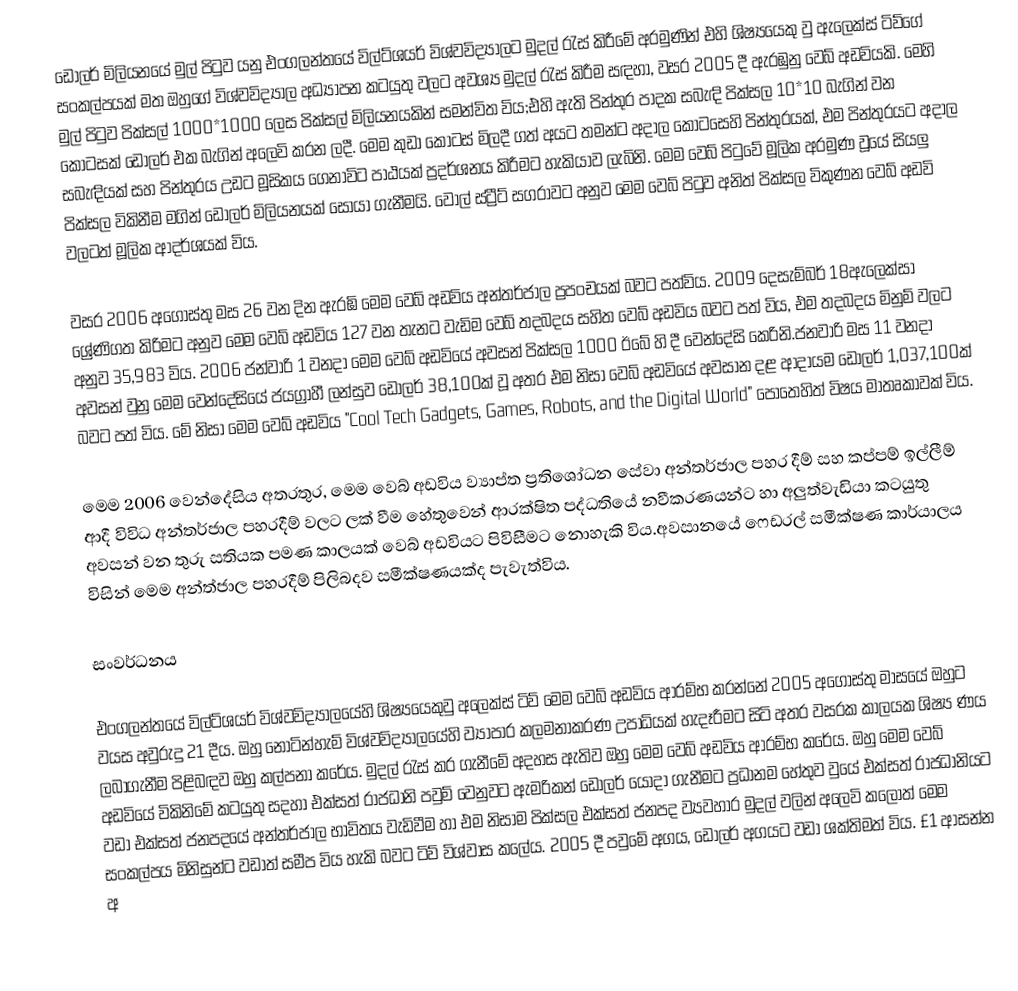
ඩොලර් මිලියනයේ මුල් පිටුව යනු එංගලන්තයේ විල්ට්ශයර් විශ්වවිද්‍යාලට මුදල් රැස් කිරීමේ අරමුණින් එහි ශිෂ්‍යයෙකු වු ඇලෙක්ස් ටිව්ගේ සංකල්පයක් මත ඔහුගේ විශ්වවිද්‍යාල අධ්‍යාපන  කටයුතු වලට අවශ්‍ය මුදල් රැස් කිරීම සඳහා, වසර 2005 දී ඇරඹුනු වෙබ් අඩවියකි.  මෙහි මුල් පිටුව පික්සල් 1000*1000 ලෙස පික්සල් මිලියනයකින් සමන්විත විය;එහි ඇති පින්තුර පාදක සබැඳි පික්සල 10*10 බැගින් වන කොටසක් ඩොලර් එක බැගින් අලෙවි කරන ලදී. මෙම කුඩා කොටස් මිලදී ගත් අයට තමන්ට අදාල කොටසෙහි පින්තුරයක්, එම පින්තුරයට අදාල සබැඳියක් සහ පින්තුරය උඩට මූසිකය ගෙනාවිට පාඨයක් ප්‍රදර්ශනය කිරීමට හැකියාව ලැබිනි. මෙම වෙබ් පිටුවේ මූලික අරමුණ වූයේ සියලු පික්සල විකිනීම මගින් ඩොලර් මිලියනයක් සොයා ගැනීමයි. වොල් ස්ට්‍රීට් සගරාවට අනුව මෙම වෙබ් පිටුව අනිත් පික්සල විකුණන වෙබ් අඩවි වලටත් මූලික ආදර්ශයක් විය.

වසර 2006 අගොස්තු මස 26 වන දින ඇරඹි මෙම වෙබ් අඩවිය අන්තර්ජාල ප්‍රපංචයක් බවට පත්විය. 2009 දෙසැම්බර් 18ඇලෙක්සා ශ්‍රේණිගත කිරිමට අනුව මෙම වෙබ් අඩවිය 127 වන තැනට වැඩිම වෙබ් තදබදය සහිත වෙබ් අඩවිය බවට පත් විය, එම තදබදය මිනුම් වලට අනුව 35,983 විය. 2006 ජන්වාරි 1 වනදා මෙම වෙබ් අඩවියේ අවසන් පික්සල 1000 ඊබේ හි දී වෙන්දේසි කෙරිනි.ජනවාරි මස 11 වනදා අවසන් වුනු මෙම වෙන්දේසියේ ජයග්‍රාහී ලන්සුව ඩොලර් 38,100ක් වූ අතර එම නිසා වෙබ් අඩවියේ අවසාන දළ ආදායම ඩොලර් 1,037,100ක් බවට පත් විය.  මේ නිසා මෙම වෙබ් අඩවිය  "Cool Tech Gadgets, Games, Robots, and the Digital World" පොතෙහිත් විෂය  මාතෘකාවක් විය.

මෙම 2006 වෙන්දේසිය අතරතුර, මෙම වෙබ් අඩවිය ව්‍යාප්ත ප්‍රතිශෝධන සේවා අන්තර්ජාල පහර දීම් සහ කප්පම් ඉල්ලීම් ආදී විවිධ අන්තර්ජාල පහරදීම් වලට ලක් වීම හේතුවෙන් ආරක්ෂිත පද්ධතියේ නවීකරණයන්ට හා අලුත්වැඩියා කටයුතු අවසන් වන තුරු සතියක පමණ කාලයක් වෙබ් අඩවියට පිවිසීමට නොහැකි විය.අවසානයේ ෆෙඩරල් සමීක්ෂණ කාර්යාලය විසින් මෙම අන්ත්ජාල පහරදීම් පිලිබදව සමීක්ෂණයක්ද පැවැත්විය.

සංවර්ධනය

එංගලන්තයේ විල්ට්ශයර් විශ්වවිද්‍යාලයේහි ශිෂ්‍යයෙකුවු අලෙක්ස් ටිව් මෙම වෙබ් අඩවිය ආරම්භ කරන්නේ 2005 අගොස්තු මාසයේ ඔහුට වයස අවුරුදු 21 දීය.  ඔහු නොටින්හැම්  විශ්වවිද්‍යාලයේහි  ව්‍යාපාර කලමනාකරණ උපාධියක් හැදෑරීමට සිටි අතර වසරක කාලයක ශිෂ්‍ය ණය ලබාගැනීම පිළිබඳව ඔහු කල්පනා කරේය. මුදල් රැස් කර ගැනීමේ අදහස ඇතිව ඔහු මෙම වෙබ් අඩවිය ආරම්භ කරේය. ඔහු මෙම වෙබ් අඩවියේ විකිනිමේ කටයුතු සදහා එක්සත් රාජධානි පවුම් වෙනුවට ඇමරිකන් ඩොලර් යොදා ගැනීමට ප්‍රධානම හේතුව වුයේ එක්සත් රාජධානියට වඩා එක්සත් ජනපදයේ අන්තර්ජාල භාවිතය වැඩිවීම හා එම නිසාම පික්සල එක්සත් ජනපද ව්‍යවහාර මුදල් වලින් අලෙවි කලොත් මෙම සංකල්පය මිනිසුන්ට වඩාත් සමීප විය හැකි බවට ටිව් විශ්වාස කලේය.  2005 දී පවුමේ අගය, ඩොලර් අගයට වඩා ශක්තිමත් විය.  £1 ආසන්න අ